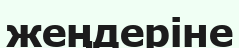
жеңдеріне